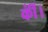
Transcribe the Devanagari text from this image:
कींं।